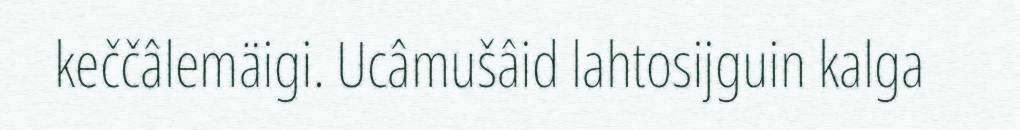
keččâlemäigi. Ucâmušâid lahtosijguin kalga